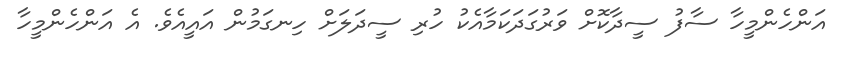
އަންހެންމީހާ ސާފު ސީދާކޮށް ވަރުގަދަކަމާއެކު ހުރި ސީދަލަށް ހިނގަމުން އައީއެވެ. އެ އަންހެންމީހާ